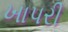
ખાપરી